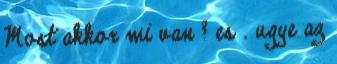
Most akkor mi van ? es . ugye az